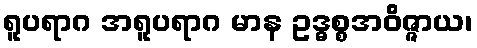
ရူပရာဂ အရူပရာဂ မာန ဥဒ္ဓစ္စအဝိဇ္ဇာယ၊